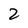
Character: 2